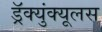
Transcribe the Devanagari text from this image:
ड्रॅक्युंक्यूलस